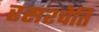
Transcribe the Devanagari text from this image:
रसश्चेति